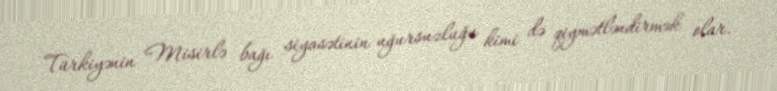
Türkiyənin Misirlə bağı siyasətinin uğursuzluğu kimi də qiymətləndirmək olar.